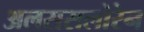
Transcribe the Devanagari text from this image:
अलससलोरेन